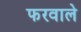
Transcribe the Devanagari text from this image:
फरवाले